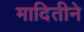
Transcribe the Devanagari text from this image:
मादितीने